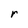
Character: r